Materia medica of Madras volume I
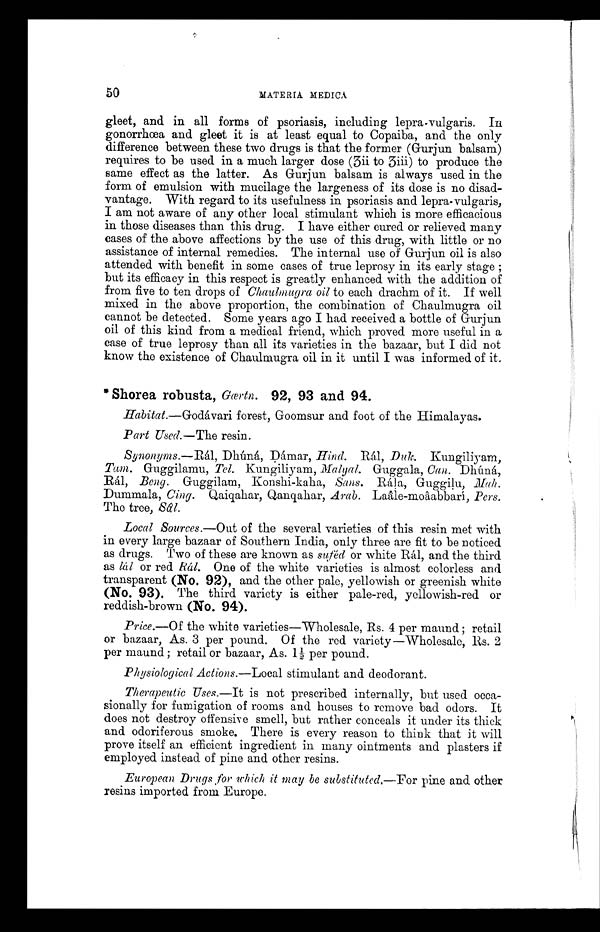
50
MATERIAL MEDICA
gleet, and in all forms of psoriasis, including lepra-vulgaris. In
gonorrhœa and gleet it is at least equal to Copaiba, and the only
difference between these two drugs is that the former (Gurjun balsam)
requires to be used in a much larger dose (3ii to 3iii) to produce the
same effect as the latter. As Gurjun balsam is always used in the
form of emulsion with mucilage the largeness of its dose is no disad-
vantage. With regard to its usefulness in psoriasis and lepra-vulgaris,
I am not aware of any other local stimulant which is more efficacious
in those diseases than this drug. I have either cured or relieved many
eases of the above affections by the use of this drug, with little or no
assistance of internal remedies. The internal use of Gurjun oil is also
attended with benefit in some cases of true leprosy in its early stage ;
but its efficacy in this respect is greatly enhanced with the addition of
from five to ten drops of Chaulmugra oil to each drachm of it. If well
mixed in the above proportion, the combination of Chaulmugra oil
cannot be detected. Some years ago I had received a bottle of Gurjun
oil of this kind from a medical friend, which proved mere useful in a
case of true leprosy than all its varieties in the bazaar, but I did not
know the existence of Chaulmugra oil in it until I was informed of it.
*Shorea robusta, Gœrtn.. 92, 93 and 94.
Habitat—Godávari forest, Goomsur and foot of the Himalayas.
Part Used.—The resin.
Synonyms.—Rál, Dhúná, Dámar, Hind. Rál, Duk. Kungiliyam,
Tam. Guggilamu, Tel. Kungiliyam, Guggala, Can. Dhúná,
Rál, Beng. Guggilam, Konshi-kaha, Sans. Rála, Guggilu,
Dummala, Cing. Qaiqahar, Qanqahar, Arab. Laâle-moâabbari, Pers.
The tree, Sâl.
Local Sources.—Out of the several varieties of this resin met with
in every large bazaar of Southern India, only three are fit to be noticed
as drugs. Two of these are known as suféd or white Rál, and the third
as lál or red Rál. One of the white varieties is almost colorless and
transparent (No. 92), and the other pale, yellowish or greenish white
(No. 93). The third variety is either pale-red, yellowish-red or
reddish-brown (No. 94).
Price.—Of the white varieties—Wholesale, Rs. 4 per maund ; retail
or bazaar, As. 3 per pound. Of the red variety—Wholesale, Its. 2
per maund ; retail or bazaar, As. 1½ per pound.
Physiological Action s.—Local stimulant and deodorant.
Therapeutic Uses.—It is not prescribed internally, but used occa-
sionally for fumigation of rooms and houses to remove bad odors. It
does not destroy offensive smell, but rather cenceals it under its thick
and odoriferous smoke. There is every reason to think that it will
prove itself an efficient ingredient in many ointments and plasters if
employed instead of pine and other resins.
European. Drugs , for which it way be substituted.—For pine and other
resins imported from Europe.